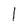
Character: l